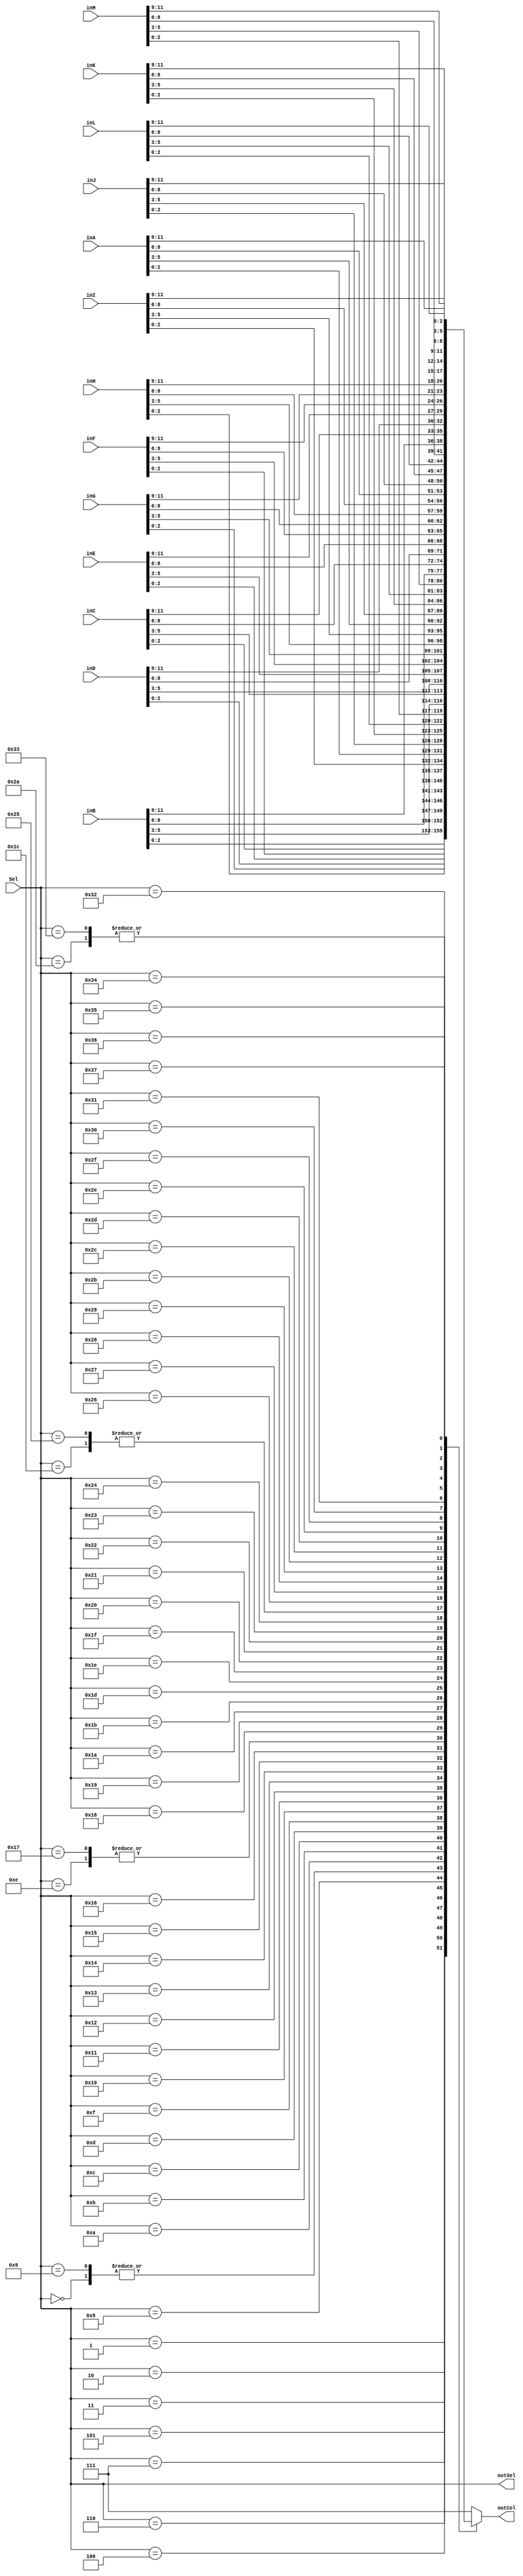
module ColRam2Mat(Sel,inA,inB,inC,inD,inE,inF,inG,inH,inI,inJ,inK,inL,inM,outCol,outSel);


input [5:0]Sel;
output reg [5:0]outSel;
output reg [2:0]outCol;

input [11:0]inA;
input [11:0]inB;
input [11:0]inC;
input [11:0]inD;
input [11:0]inE;
input [11:0]inF;
input [11:0]inG;
input [11:0]inH;
input [11:0]inI;
input [11:0]inJ;
input [11:0]inK;
input [11:0]inL;
input [11:0]inM;

always@(*) begin
	outSel=Sel;
end


always@(*) begin

	case({Sel})
		6'd0: begin
			outCol=inA[2:0];
			end
		6'd1: begin
			outCol=inB[2:0];
			end
		6'd2: begin
			outCol=inC[2:0];
			end
		6'd3: begin
			outCol=inD[2:0];
			end
		6'd4: begin
			outCol=inE[2:0];
			end
		6'd5: begin
			outCol=inF[2:0];
			end
		6'd6: begin
			outCol=inG[2:0];
			end
		6'd7: begin
			outCol=inH[2:0];
			end
		6'd8: begin
			outCol=inI[2:0];
			end
		6'd9: begin
			outCol=inA[2:0];
			end
		6'd10: begin
			outCol=inJ[2:0];
			end
		6'd11: begin
			outCol=inK[2:0];
			end
		6'd12: begin
			outCol=inL[2:0];
			end
		6'd13: begin
			outCol=inM[2:0];
			end
		6'd14: begin
			outCol=inA[5:3];
			end
		6'd15: begin
			outCol=inB[5:3];
			end
		6'd16: begin
			outCol=inC[5:3];
			end
		6'd17: begin
			outCol=inD[5:3];
			end
		6'd18: begin
			outCol=inE[5:3];
			end
		6'd19: begin
			outCol=inF[5:3];
			end
		6'd20: begin
			outCol=inG[5:3];
			end
		6'd21: begin
			outCol=inH[5:3];
			end
		6'd22: begin
			outCol=inI[5:3];
			end
		6'd23: begin
			outCol=inA[5:3];
			end
		6'd24: begin
			outCol=inJ[5:3];
			end
		6'd25: begin
			outCol=inK[5:3];
			end
		6'd26: begin
			outCol=inL[5:3];
			end
		6'd27: begin
			outCol=inM[5:3];
			end
		6'd28: begin
			outCol=inA[8:6];
			end
		6'd29: begin
			outCol=inB[8:6];
			end
		6'd30: begin
			outCol=inC[8:6];
			end
		6'd31: begin
			outCol=inD[8:6];
			end
		6'd32: begin
			outCol=inE[8:6];
			end
		6'd33: begin
			outCol=inF[8:6];
			end
		6'd34: begin
			outCol=inG[8:6];
			end
		6'd35: begin
			outCol=inH[8:6];
			end
		6'd36: begin
			outCol=inI[8:6];
			end
		6'd37: begin
			outCol=inA[8:6];
			end
		6'd38: begin
			outCol=inJ[8:6];
			end
		6'd39: begin
			outCol=inK[8:6];
			end
		6'd40: begin
			outCol=inL[8:6];
			end
		6'd41: begin
			outCol=inM[8:6];
			end
		6'd42: begin
			outCol=inA[11:9];
			end
		6'd43: begin
			outCol=inB[11:9];
			end
		6'd44: begin
			outCol=inC[11:9];
			end
		6'd45: begin
			outCol=inD[11:9];
			end
		6'd46: begin
			outCol=inE[11:9];
			end
		6'd47: begin
			outCol=inF[11:9];
			end
		6'd48: begin
			outCol=inG[11:9];
			end
		6'd49: begin
			outCol=inH[11:9];
			end
		6'd50: begin
			outCol=inI[11:9];
			end
		6'd51: begin
			outCol=inA[11:9];
			end
		6'd52: begin
			outCol=inJ[11:9];
			end
		6'd53: begin
			outCol=inK[11:9];
			end
		6'd54: begin
			outCol=inL[11:9];
			end
		6'd55: begin
			outCol=inM[11:9];
			end
		default:
			begin
				outCol=3'hf;
			end
		
		endcase
		
		
		end
endmodule